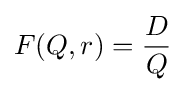
F(Q,r)={\frac {D}{Q}}